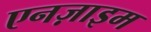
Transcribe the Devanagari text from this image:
एनज़ाइम